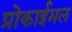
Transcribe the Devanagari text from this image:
प्रोकाईमल